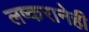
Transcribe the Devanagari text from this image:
लष्करानेही